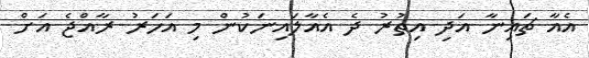
އެއާ ޗައިނާ އަދި އިތުރު ދެ އެއާލައިނަކުން މި އަހަރު ރާއްޖެ އަށް